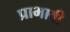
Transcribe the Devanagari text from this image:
प्राभावी